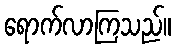
ရောက်လာကြသည်။